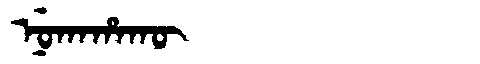
Manchu: ᠨᡠᡴᠠᡥᠠᡴᡡ
Romanization: NUKAHAKŪ